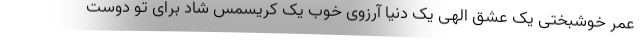
عمر خوشبختی یک عشق الهی یک دنیا آرزوی خوب یک کریسمس شاد برای تو دوست